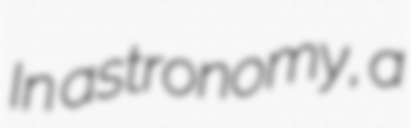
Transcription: In astronomy, a